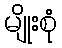
မျိုးစုံ